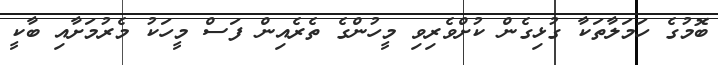
ބޮމުގެ ހަމަލާތަކާ ގުޅިގެން ކުށްވެރިވި މީހުންގެ ތެރެއިން ފަސް މީހަކު މެރުމަށާއި ބާކީ